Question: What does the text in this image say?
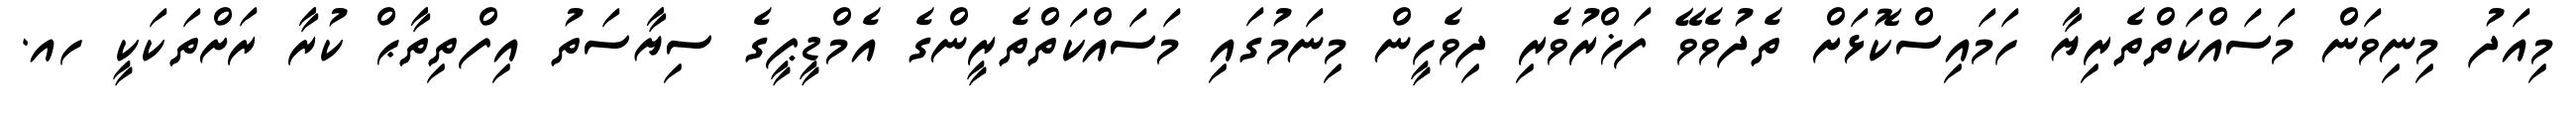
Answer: މިއަދު މިނިވަން މަސައްކަތްތެރިޔާ ހަމައިސްކޮޅަށް ތެދުވެވޭ ފަޚްރުވެރި ދިވެހީން މިނަމުގައި މަސައްކަތްތެރީންގެ އެމްޑީޕީގެ ސިޔާސަތު އިފްތިތާޙް ކުރާ ރަށްތަކަކީ ހއ.